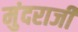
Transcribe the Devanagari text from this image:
मुंदराजी